Sanitation, dispensaries and jails vaccination Rajputana 1922-1927 - 1922-1927
Year: 1922
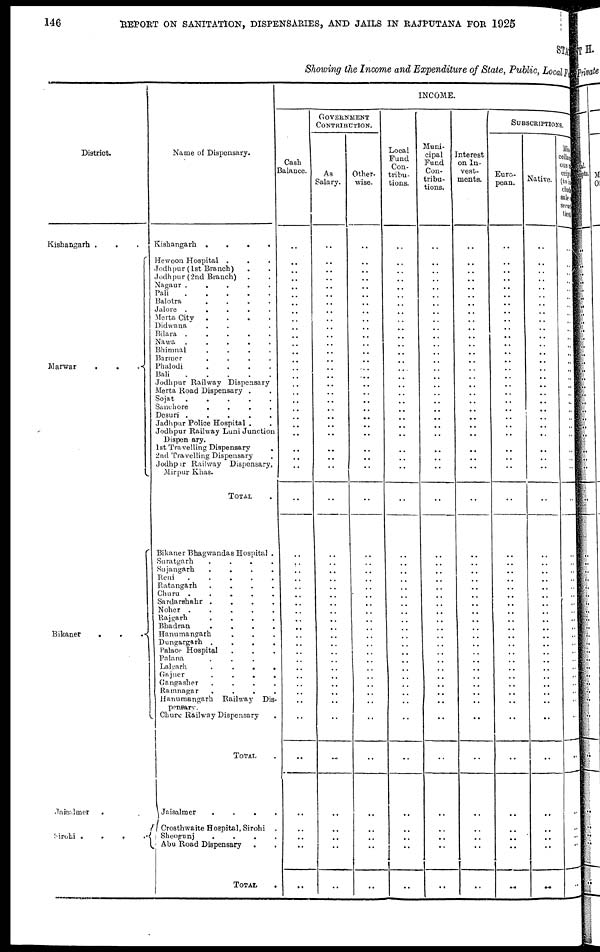
146 REPORT ON SANITATION, DISPENSARIES, AND JAILS IN RAJPUTANA FOR 1925
STATE
Showing the Income and Expenditure of State, Public, Local Fund
District.
Kishangarh .
Marwar
.
.
.
Bikaner
.
.
.
Jaisalmer
.
Sirohi .
. . .
Name of Dispensary.
Kishangarh .
.
.
.
Hewoon Hospital . . .
Jodhpur (1st Branch) . .
Jodhpur (2nd Branch) . .
Nagaur .
.
.
.
.
Pali
Balotra
.
.
.
.
Jalore .
.
.
.
.
Merta City
.
.
.
.
Didwana . . . .
Bilara .
.
.
.
.
Nawa .
.
.
.
.
Bhimnal
.
.
.
.
Barmer
.
.
.
.
Phalodi
.
.
.
.
Bali
Jodhpur Railway Dispensary
Merta Road Dispensary . .
Sojat .
.
.
.
.
Sanchore
.
.
.
.
Desuri .
.
.
.
.
Jadhpur Police Hospital . .
Jodhpur Railway Luni Junction
Dispensary.
1st Travelling Dispensary .
2nd Travelling Dispensary .
Jodhpur Railway Dispensary,
Mirpur Khas.
TOTAL .
Bikaner Bhagwandas Hospital .
Suratgarh
.
.
.
.
Sujangarh
.
.
.
.
Reni
Ratangarh
.
.
.
.
Churu .
.
.
.
.
Sardarshahr .
.
.
.
Noher .
.
.
.
.
Rajgarh
.
.
.
.
Bhadran
.
.
.
.
Hanumangarh . . .
Dungargarh .
.
.
.
Palace Hospital . . .
Palana . . . .
Lalgarh
.
.
.
.
Gajner
.
.
.
.
Gangasher
.
.
.
.
Ramnagar
. . . .
Hanumangarh Railway Dis-
pensary.
Churu Railway Dispensary .
TOTAL .
Jaisalmer
.
.
.
.
Crosthwaite Hospital, Sirohi .
Sheogunj
. . . .
Abu Road Dispensary . .
TOTAL .
INCOME.
Cash
Balance.
..
..
..
..
.. ..
..
..
..
..
..
..
..
..
..
..
..
..
..
..
..
..
..
..
..
..
..
..
..
..
..
..
.. ..
..
..
..
..
..
..
..
..
..
.. ..
..
..
..
..
..
..
..
..
GOVERNMENT
CONTRIBUTION.
As
Salary.
..
..
..
..
..
..
..
..
..
..
..
..
..
..
..
..
..
..
..
..
..
..
..
..
..
..
..
..
..
..
.. ..
..
..
..
..
.. ..
..
..
..
..
..
..
..
..
..
..
..
..
..
..
..
Other-
wise.
..
..
..
..
.. ..
..
..
..
..
..
..
..
..
..
..
..
..
..
..
..
..
..
..
..
..
..
..
..
..
..
..
.. ..
..
..
..
..
..
..
..
..
..
..
.. ..
..
..
..
..
..
..
..
Local
Fund
Con-
tribu-
tions.
..
..
..
..
..
..
..
..
..
..
..
..
..
..
..
..
..
..
..
..
..
..
..
..
..
..
..
..
..
..
..
..
..
..
..
..
..
..
..
..
..
..
..
..
..
..
..
..
..
..
..
..
..
Muni-
cipal
Fund
Con-
tribu-
tions.
..
..
..
..
..
..
..
..
..
..
..
..
..
..
..
..
..
..
..
..
..
..
..
..
..
..
..
..
..
..
..
..
..
..
..
..
..
..
..
..
..
..
..
..
..
..
..
..
..
..
..
..
..
Interest
on In-
vest-
ments.
..
..
..
..
.. ..
..
..
..
..
..
..
..
..
..
..
..
..
..
..
..
..
..
..
..
..
..
..
..
..
.. ..
.. ..
..
..
..
..
..
..
..
..
..
.. ..
..
..
..
..
..
..
..
..
SUBSCRIPTIONS.
Euro-
pean.
..
..
..
..
..
..
..
..
..
..
..
..
..
..
..
..
..
..
..
..
..
..
..
..
..
..
..
..
..
..
.. ..
.. ..
..
..
.. ..
..
..
..
..
..
.. ..
..
..
..
..
..
..
..
..
Native.
..
..
..
..
..
..
..
..
..
..
..
..
..
..
..
..
..
..
..
..
..
..
..
..
..
..
..
..
..
..
..
..
.. ..
..
..
.. ..
.. ..
..
..
..
..
..
..
..
..
..
..
..
..
..
Mis-
cellane-
ous re-
ceipt
(to in-
clude
sale of
securi-
ties)
..
..
..
..
..
..
..
..
..
..
..
..
..
..
..
..
..
..
..
..
..
..
..
..
..
..
..
..
..
..
..
..
..
..
..
..
..
..
..
..
..
..
..
..
..
..
..
..
..
..
..
..
..